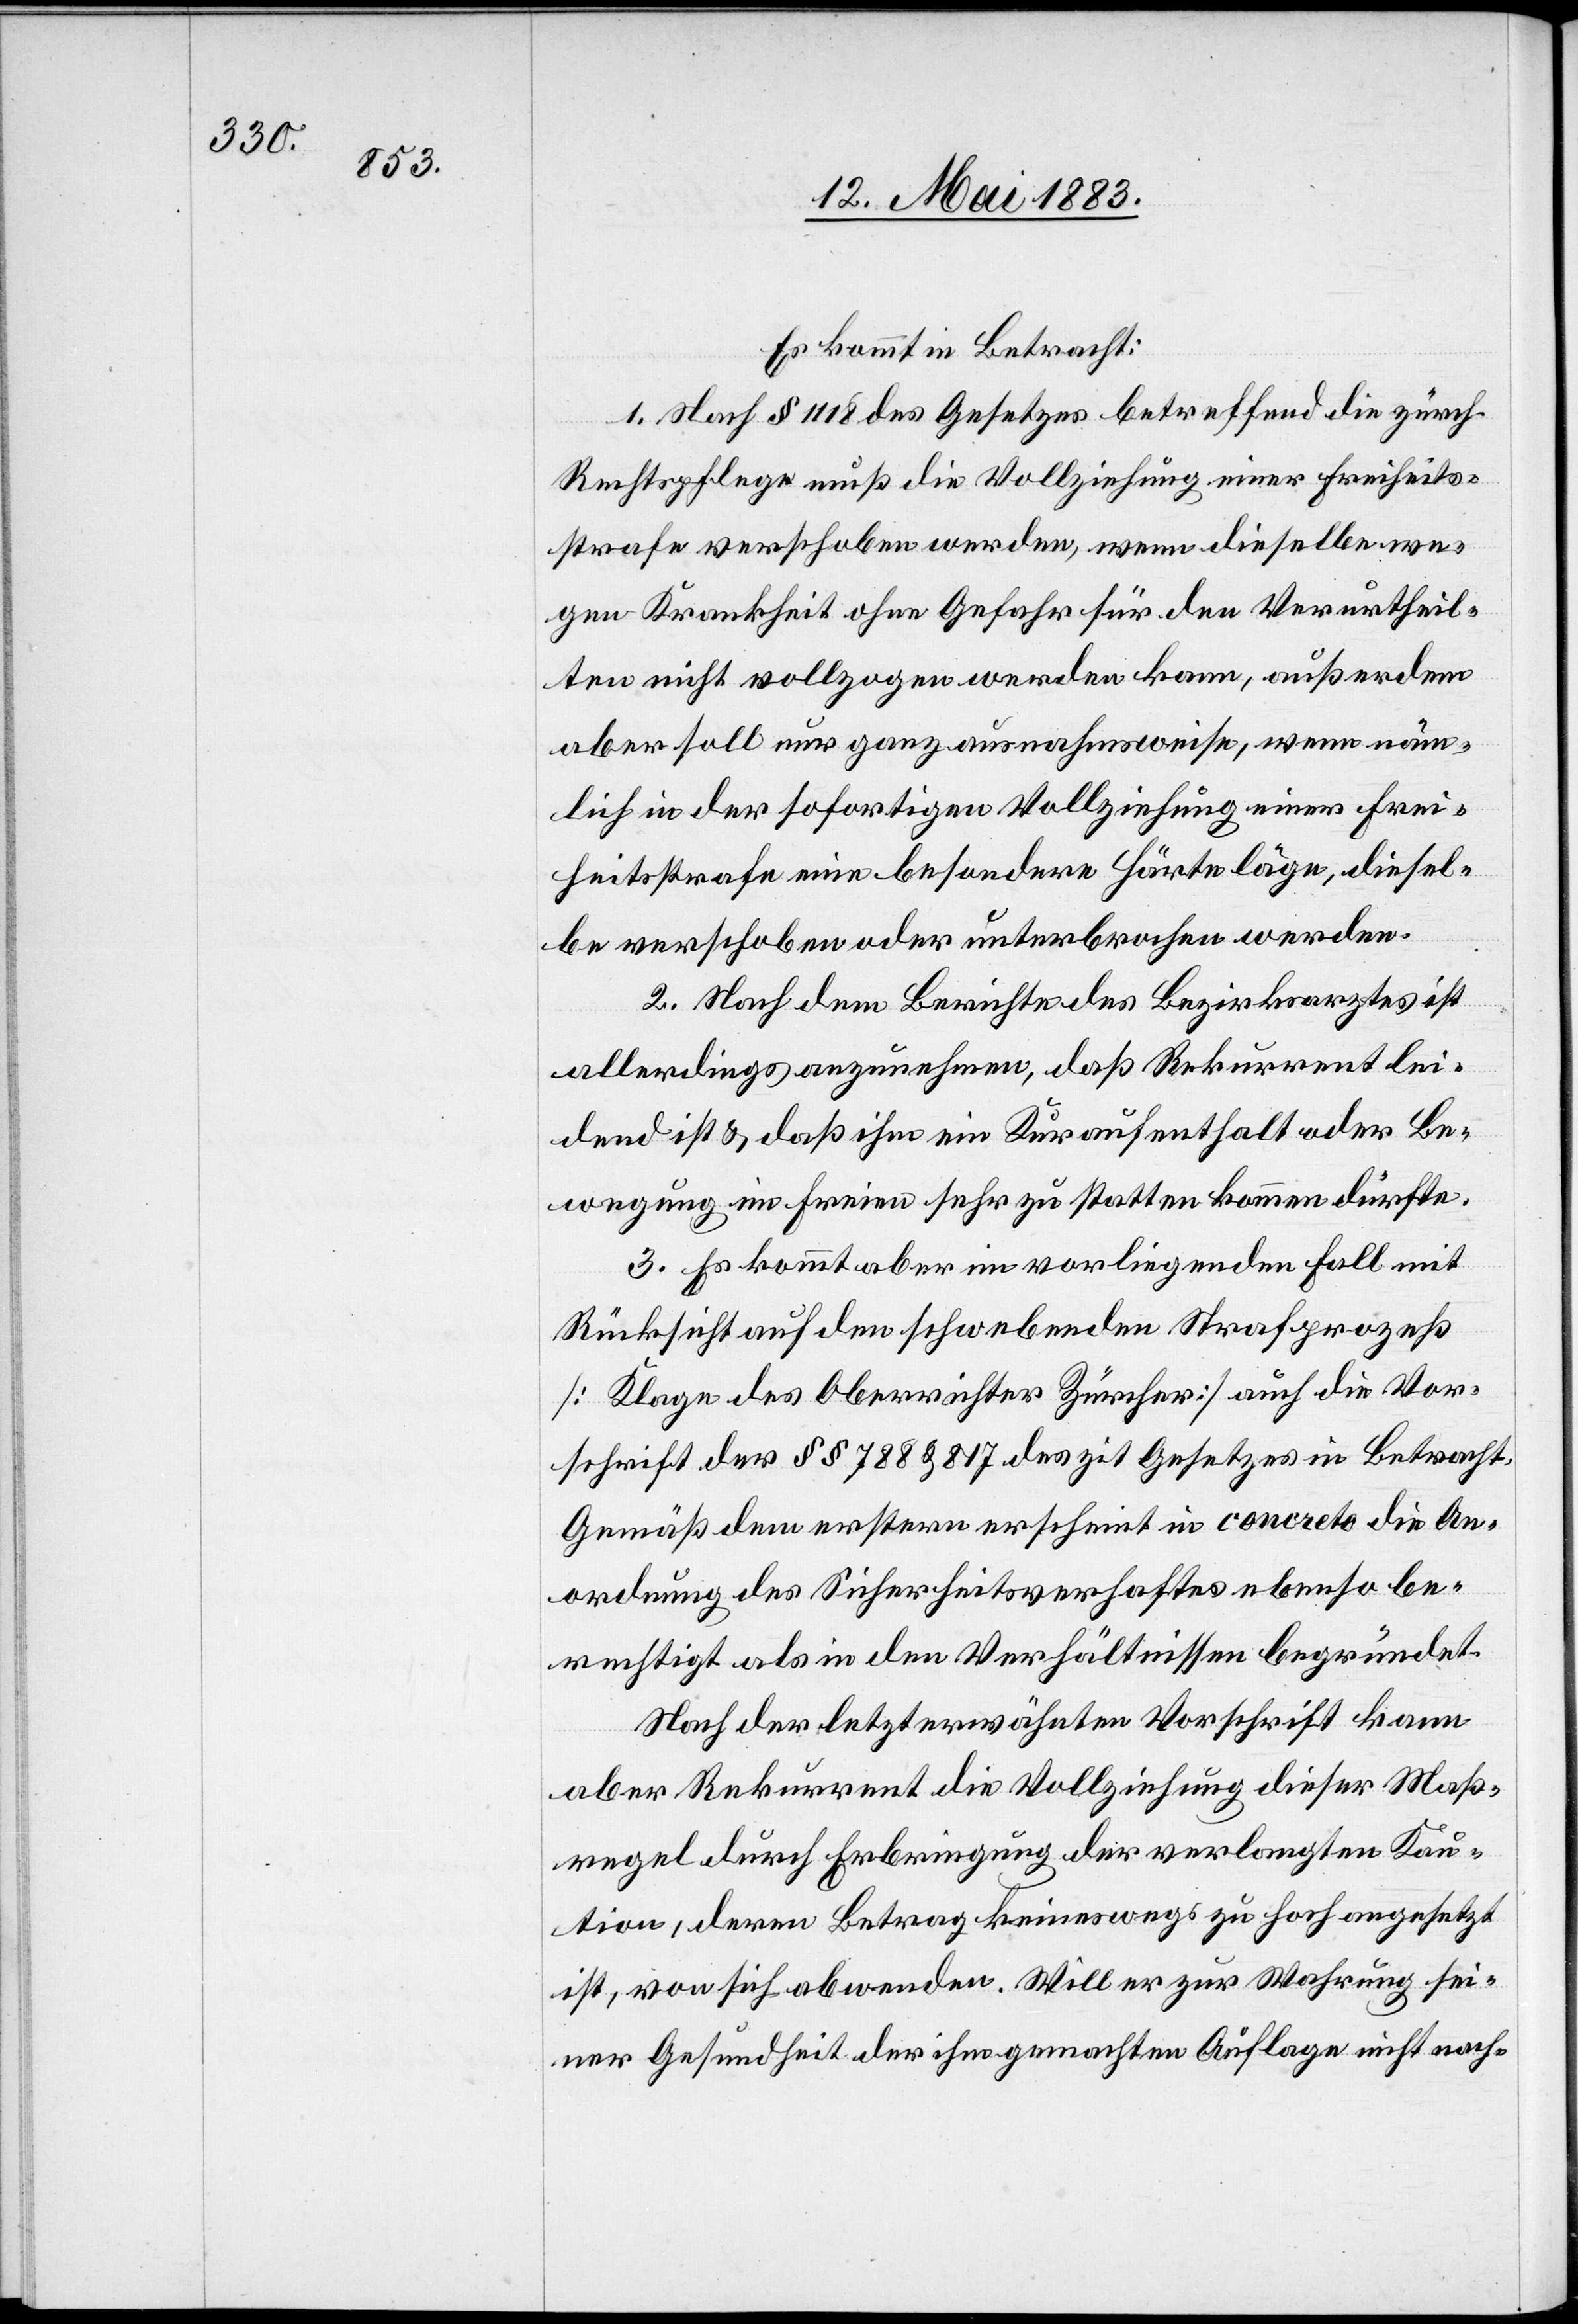
Es kommt in Betracht:
1. Nach § 118 des Gesetzes betreffend die zürch.
Rechtspflege muß die Vollziehung einer Freiheits¬
strafe verschoben werden, wenn dieselbe we¬
gen Krankheit ohne Gefahr für den Verurtheil¬
ten nicht vollzogen werden kann, außerdem
aber soll nur ganz ausnahmsweise, wenn näm¬
lich in der sofortigen Vollziehung einer Frei¬
heitsstrafe eine besondere Härte läge, diesel¬
be verschoben oder unterbrochen werden.
2. Nach dem Berichte des Bezirksarztes ist
allerdings anzunehmen, daß Rekurrent lei¬
dend ist & daß ihm ein Kuraufenthalt oder Be¬
wegung im Freien sehr zu statten kommen dürfte.
3. Es kommt aber im vorliegenden Fall mit
Rücksicht auf den schwebenden Strafprozeß
[Klage des Oberrichters Zürcher] auch die Vor¬
schrift der §§ 788 & 817 des zit. Gesetzes in Betracht.
Gemäß dem erstern erscheint in concreto die An¬
ordnung des Sicherheitsverhaftes ebenso be¬
rechtigt als in den Verhältnissen begründet.
Nach der letzterwähnten Vorschrift kann
aber Rekurrent die Vollziehung dieser Maß¬
regel durch Erbringung der verlangten Kau¬
tion, deren Betrag keineswegs zu hoch angesetzt
ist, von sich abwenden. Will er zur Wahrung sei¬
ner Gesundheit der ihm gemachten Auflage nicht nach-